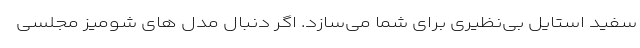
سفید استایل بی‌نظیری برای شما می‌سازد. اگر دنبال مدل های شومیز مجلسی